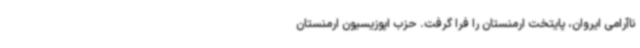
ناآرامی ایروان، پایتخت ارمنستان را فرا گرفت. حزب اپوزیسیون ارمنستان